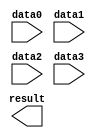
// megafunction wizard: %LPM_XOR%VBB%
// GENERATION: STANDARD
// VERSION: WM1.0
// MODULE: lpm_xor 

// ============================================================
// Megafunction Name(s):
// 			lpm_xor
//
// Simulation Library Files(s):
// 			lpm
// ============================================================
// ************************************************************
// THIS IS A WIZARD-GENERATED FILE. DO NOT EDIT THIS FILE!
//
// 9.1 Build 350 03/24/2010 SP 2 SJ Web Edition
// ************************************************************

//Copyright (C) 1991-2010 Altera Corporation
//Your use of Altera Corporation's design tools, logic functions 
//and other software and tools, and its AMPP partner logic 
//functions, and any output files from any of the foregoing 
//(including device programming or simulation files), and any 
//associated documentation or information are expressly subject 
//to the terms and conditions of the Altera Program License 
//Subscription Agreement, Altera MegaCore Function License 
//Agreement, or other applicable license agreement, including, 
//without limitation, that your use is for the sole purpose of 
//programming logic devices manufactured by Altera and sold by 
//Altera or its authorized distributors.  Please refer to the 
//applicable agreement for further details.

module lpm_xor0 (
	data0,
	data1,
	data2,
	data3,
	result);

	input	  data0;
	input	  data1;
	input	  data2;
	input	  data3;
	output	  result;

endmodule

// ============================================================
// CNX file retrieval info
// ============================================================
// Retrieval info: PRIVATE: CompactSymbol NUMERIC "0"
// Retrieval info: PRIVATE: GateFunction NUMERIC "2"
// Retrieval info: PRIVATE: INTENDED_DEVICE_FAMILY STRING "MAX II"
// Retrieval info: PRIVATE: InputAsBus NUMERIC "0"
// Retrieval info: PRIVATE: SYNTH_WRAPPER_GEN_POSTFIX STRING "0"
// Retrieval info: PRIVATE: WidthInput NUMERIC "1"
// Retrieval info: PRIVATE: nInput NUMERIC "4"
// Retrieval info: CONSTANT: LPM_SIZE NUMERIC "4"
// Retrieval info: CONSTANT: LPM_TYPE STRING "LPM_XOR"
// Retrieval info: CONSTANT: LPM_WIDTH NUMERIC "1"
// Retrieval info: USED_PORT: data0 0 0 0 0 INPUT NODEFVAL data0
// Retrieval info: USED_PORT: data1 0 0 0 0 INPUT NODEFVAL data1
// Retrieval info: USED_PORT: data2 0 0 0 0 INPUT NODEFVAL data2
// Retrieval info: USED_PORT: data3 0 0 0 0 INPUT NODEFVAL data3
// Retrieval info: USED_PORT: result 0 0 0 0 OUTPUT NODEFVAL result
// Retrieval info: CONNECT: @data 0 0 1 0 data0 0 0 0 0
// Retrieval info: CONNECT: @data 0 0 1 1 data1 0 0 0 0
// Retrieval info: CONNECT: @data 0 0 1 2 data2 0 0 0 0
// Retrieval info: CONNECT: @data 0 0 1 3 data3 0 0 0 0
// Retrieval info: CONNECT: result 0 0 0 0 @result 0 0 1 0
// Retrieval info: LIBRARY: lpm lpm.lpm_components.all
// Retrieval info: GEN_FILE: TYPE_NORMAL lpm_xor0.v TRUE
// Retrieval info: GEN_FILE: TYPE_NORMAL lpm_xor0.inc TRUE
// Retrieval info: GEN_FILE: TYPE_NORMAL lpm_xor0.cmp FALSE
// Retrieval info: GEN_FILE: TYPE_NORMAL lpm_xor0.bsf TRUE FALSE
// Retrieval info: GEN_FILE: TYPE_NORMAL lpm_xor0_inst.v FALSE
// Retrieval info: GEN_FILE: TYPE_NORMAL lpm_xor0_bb.v TRUE
// Retrieval info: LIB_FILE: lpm